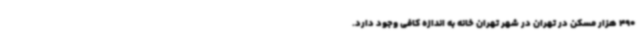
490 هزار مسکن در تهران در شهر تهران خانه به اندازه کافی وجود دارد.